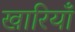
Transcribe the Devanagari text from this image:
खारियाँ